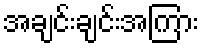
အချင်းချင်းအကြား